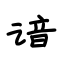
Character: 谙